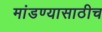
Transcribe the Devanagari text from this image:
मांडण्यासाठीच